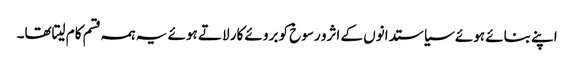
اپنے بنائے ہوئے سیاستدانوں کے اثرو رسوخ کو بروئے کار لاتے ہوئے یہ ہمہ قسم کام لیتاتھا۔